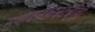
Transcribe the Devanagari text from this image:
संवादलेखकांचीही